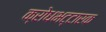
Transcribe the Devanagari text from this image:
क्रोधभट्टारक